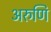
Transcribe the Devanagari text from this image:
अरुणि